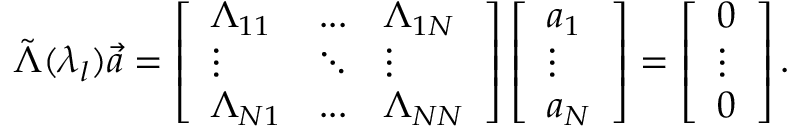
{ \tilde { \Lambda } } ( \lambda _ { l } ) { \vec { a } } = \left[ \begin{array} { l l l } { \Lambda _ { 1 1 } } & { . . . } & { \Lambda _ { 1 N } } \\ { \vdots } & { \ddots } & { \vdots } \\ { \Lambda _ { N 1 } } & { . . . } & { \Lambda _ { N N } } \end{array} \right] \left[ \begin{array} { l } { a _ { 1 } } \\ { \vdots } \\ { a _ { N } } \end{array} \right] = \left[ \begin{array} { l } { 0 } \\ { \vdots } \\ { 0 } \end{array} \right] .